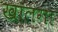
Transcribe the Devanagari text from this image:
खालगा